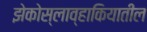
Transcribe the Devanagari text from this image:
झेकोस्लाव्हाकियातील